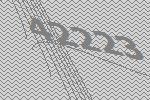
42223